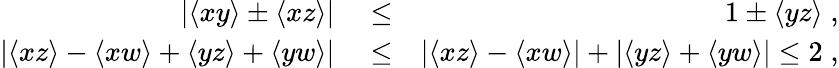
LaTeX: \begin{array}{rlr}{|\langle xy\rangle\pm\langle xz\rangle|}&{{}\le}&{1\pm\langle yz\rangle\; ,}\\ {|\langle xz\rangle-\langle xw\rangle+\langle yz\rangle+\langle yw\rangle|}&{{}\le}&{|\langle xz\rangle-\langle xw\rangle|+|\langle yz\rangle+\langle yw\rangle|\le 2\; ,}\end{array}